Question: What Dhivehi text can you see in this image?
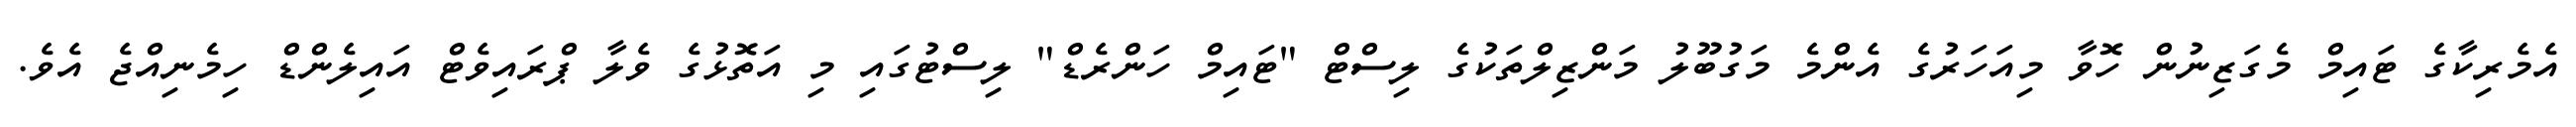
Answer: އެމެރިކާގެ ޓައިމް މެގަޒިނުން ހޮވާ މިއަހަރުގެ އެންމެ މަގުބޫލު މަންޒިލްތަކުގެ ލިސްޓް "ޓައިމް ހަންރެޑް" ލިސްޓުގައި މި އަތޮޅުގެ ވެލާ ޕްރައިވެޓް އައިލެންޑް ހިމެނިއްޖެ އެވެ.